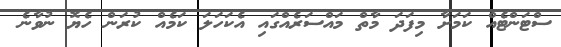
ސްޓަންޓެއް ކަމަށާ މިފަދަ މާތް މައްސަރެއްގައި އެކަހަލަ ކަމެއް ކުރަން ހެޔޮ ނުވާނެ